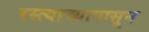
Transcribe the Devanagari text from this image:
रस्त्याच्यापासून